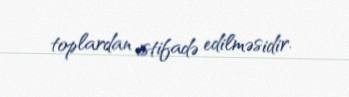
toplardan istifadə edilməsidir.